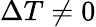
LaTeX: \Delta T\neq 0